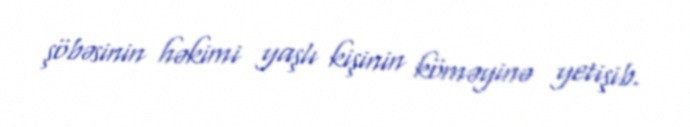
şöbəsinin həkimi yaşlı kişinin köməyinə yetişib.